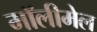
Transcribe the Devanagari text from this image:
मॉलीमेल